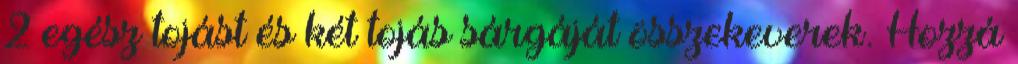
2 egész tojást és két tojás sárgáját összekeverek. Hozzá